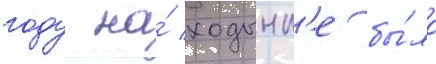
году на́ ходынк'е бы́ло